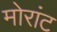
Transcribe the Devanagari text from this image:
मोरांट